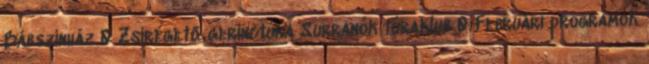
Bábszínház 0 Zsírégető gerinctúra Surranók túraklub 0 Februári programok